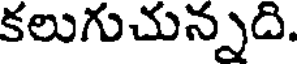
కలుగుచున్నది.